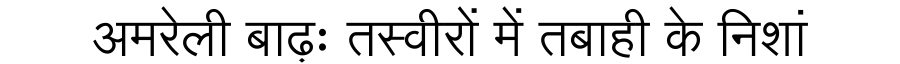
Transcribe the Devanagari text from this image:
अमरेली बाढ़ः तस्वीरों में तबाही के निशां